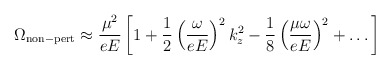
\begin{align*}\Omega_{\rm non-pert} \approx \frac{\mu^2}{eE}\left[1+\frac{1}{2}\left(\frac{\omega}{eE}\right)^2k_z^2-\frac{1}{8}\left(\frac{\mu\omega}{eE}\right)^2+\dots\right]\end{align*}